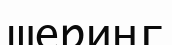
шеринг